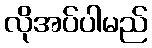
လိုအပ်ပါမည်